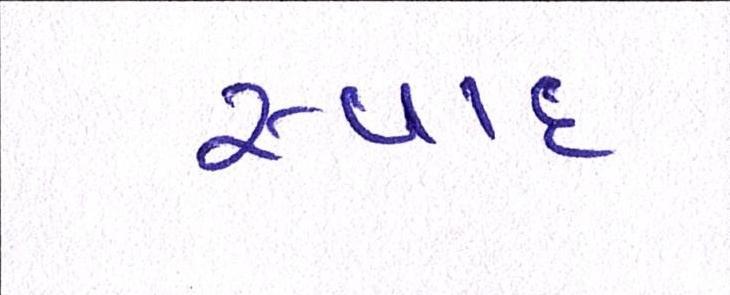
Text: સ્વાદ